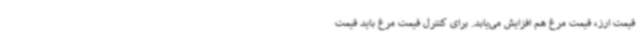
قیمت ارز، قیمت مرغ هم افزایش می‌یابد. برای کنترل قیمت مرغ باید قیمت